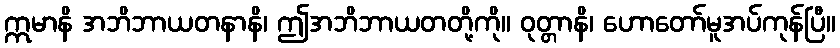
ဣမာနိ အဘိဘာယတနာနိ၊ ဤအဘိဘာယတတို့ကို။ ဝုတ္တာနိ၊ ဟောတော်မူအပ်ကုန်ပြီ။